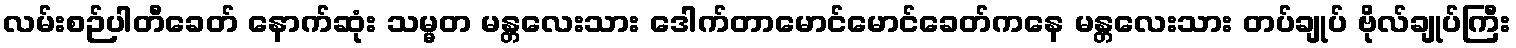
လမ်းစဉ်ပါတီခေတ် နောက်ဆုံး သမ္မတ မန္တလေးသား ဒေါက်တာမောင်မောင်ခေတ်ကနေ မန္တလေးသား တပ်ချုပ် ဗိုလ်ချုပ်ကြီး